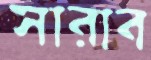
সারাব